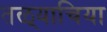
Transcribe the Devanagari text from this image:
तळ्याचिया